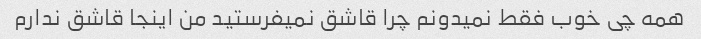
همه چی خوب فقط نمیدونم چرا قاشق نمیفرستید من اینجا قاشق ندارم